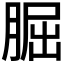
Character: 𦜇